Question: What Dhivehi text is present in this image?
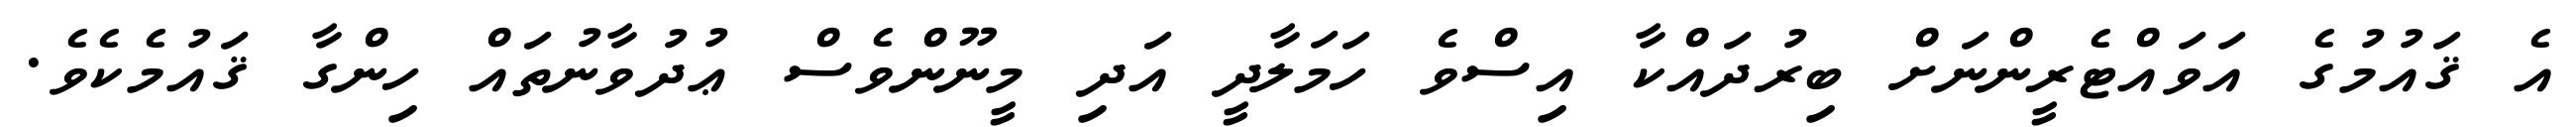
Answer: އެ ޤައުމުގެ އަވައްޓެރީންނަށް ބިރުދައްކާ އިސްވެ ހަމަލާދީ އަދި މީނޫންވެސް ޢުދުވާނުތައް ހިންގާ ޤައުމެކެވެ.